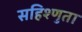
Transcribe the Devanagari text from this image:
सहिश्णुता